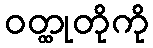
ဝတ္ထုတိုကို